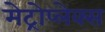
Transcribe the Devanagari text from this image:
मेट्रोप्लेक्स